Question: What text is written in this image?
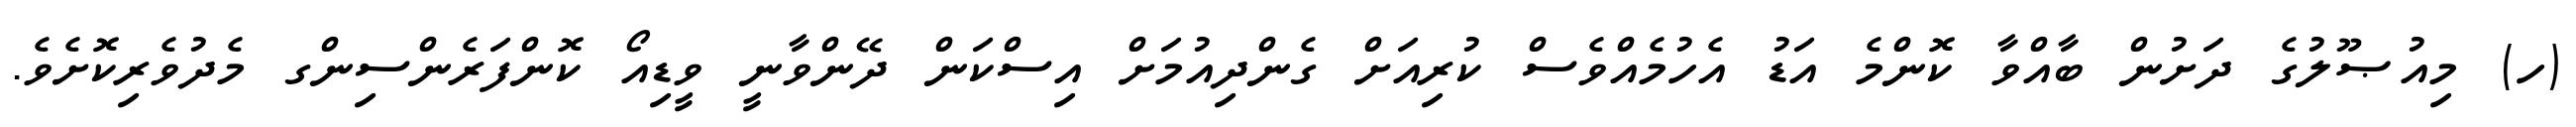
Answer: (ހ) މިއުޞޫލުގެ ދަށުން ބާއްވާ ކޮންމެ އަޑު އެހުމެއްވެސް ކުރިއަށް ގެންދިއުމަށް އިސްކަން ދޭންވާނީ ވީޑިއޯ ކޮންފަރެންސިންގ މެދުވެރިކޮށެވެ.